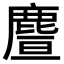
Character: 𪊥